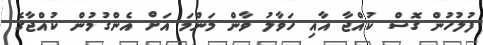
ފުލުހުން ގޮސް ކުއްޖާ އާއި ހަވާލު ވާން މަންމަ އަށް އެންގުމުން ކުއްޖާގެ